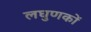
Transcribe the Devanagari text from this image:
लघुणकों